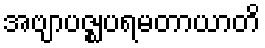
အဗျာပဇ္ဈပရမတာယာတိ